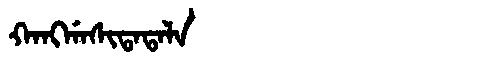
Manchu: ᡴᠠᠩᡤᠠᠰᡳᡨᠠᡨᠠᠯᠠ
Romanization: KANGGASITATALA